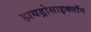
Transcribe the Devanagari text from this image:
हायड्रोसाइक्लॉन